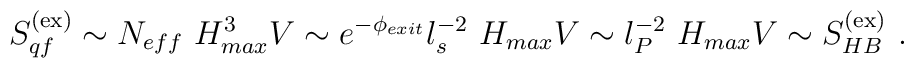
S_{qf}^{({\rm ex})}  \sim N_{eff} ~ H^3_{max} V \sim e^{-\phi_{exit}} l_s^{-2} ~ H_{max} V \sim  l_P^{-2} ~ H_{max} V \sim S_{HB}^{({\rm ex})} ~.